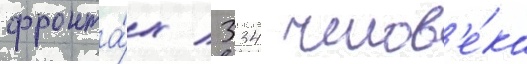
фронта́х / 334 челов'е́ка